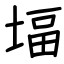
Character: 堛